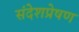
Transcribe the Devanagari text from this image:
संदेशप्रेषण